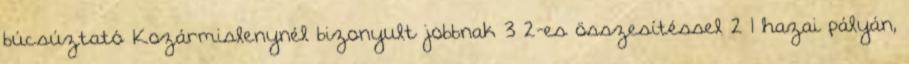
búcsúztató Kozármislenynél bizonyult jobbnak 3–2-es összesítéssel 2–1 hazai pályán,